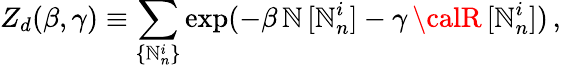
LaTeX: Z_{d}(\beta,\gamma)\equiv\sum_{\{ \mathbb{N}_{n}^{i}\} }\exp(-\beta\, \mathbb{N}\, [\mathbb{N}_{n}^{i}]-\gamma\, {\calR}\, [\mathbb{N}_{n}^{i}])\, ,